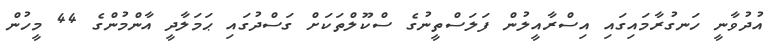
އުދުވާނީ ހަނގުރާމައިގައި އިސްރާއީލުން ފަލަސްތީނުގެ ސްކޫލްތަކަށް ގަސްދުގައި ޙަމަލާދީ އާންމުންގެ 44 މީހުން